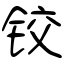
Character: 铰